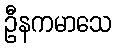
ဦနကမာသေ